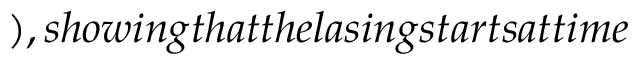
) , s h o w i n g t h a t t h e l a s i n g s t a r t s a t t i m e